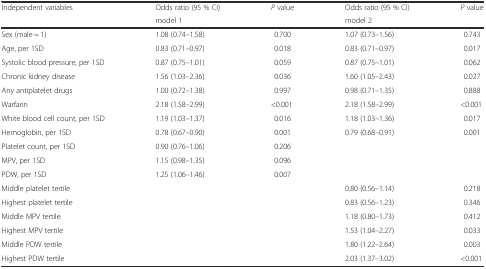
| Independent variables | Odds ratio (95 % CI) | P value | Odds ratio (95 % CI) | P value |
 |  | <COLSPAN=2> model 1 | <COLSPAN=2> model 2 |
 | --- | --- | --- | --- | --- |
 | Sex (male = 1) | 1.08 (0.74–1.58) | 0.700 | 1.07 (0.73–1.56) | 0.743 |
 | Age, per 1SD | 0.83 (0.71–0.97) | 0.018 | 0.83 (0.71–0.97) | 0.017 |
 | Systolic blood pressure, per 1SD | 0.87 (0.75–1.01) | 0.059 | 0.87 (0.75–1.01) | 0.062 |
 | Chronic kidney disease | 1.56 (1.03–2.36) | 0.036 | 1.60 (1.05–2.43) | 0.027 |
 | Any antiplatelet drugs | 1.00 (0.72–1.38) | 0.997 | 0.98 (0.71–1.35) | 0.888 |
 | Warfarin | 2.18 (1.58–2.99) | <0.001 | 2.18 (1.58–2.99) | <0.001 |
 | White blood cell count, per 1SD | 1.19 (1.03–1.37) | 0.016 | 1.18 (1.03–1.36) | 0.017 |
 | Hemoglobin, per 1SD | 0.78 (0.67–0.90) | 0.001 | 0.79 (0.68–0.91) | 0.001 |
 | Platelet count, per 1SD | 0.90 (0.76–1.06) | 0.206 |  |  |
 | MPV, per 1SD | 1.15 (0.98–1.35) | 0.096 |  |  |
 | PDW, per 1SD | 1.25 (1.06–1.46) | 0.007 |  |  |
 | Middle platelet tertile |  |  | 0.80 (0.56–1.14) | 0.218 |
 | Highest platelet tertile |  |  | 0.83 (0.56–1.23) | 0.346 |
 | Middle MPV tertile |  |  | 1.18 (0.80–1.73) | 0.412 |
 | Highest MPV tertile |  |  | 1.53 (1.04–2.27) | 0.033 |
 | Middle PDW tertile |  |  | 1.80 (1.22–2.64) | 0.003 |
 | Highest PDW tertile |  |  | 2.03 (1.37–3.02) | <0.001 |